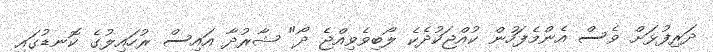
ދަރިފުޅަށް ވެސް އެންމެފަހުން ކުއްޖަކުދެކެ ލޯބިވެވިއްޖެ ދޯ" ޝާރުދާ އައިސް ރުހައިލުގެ ކޮނޑުގައި